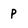
Character: P